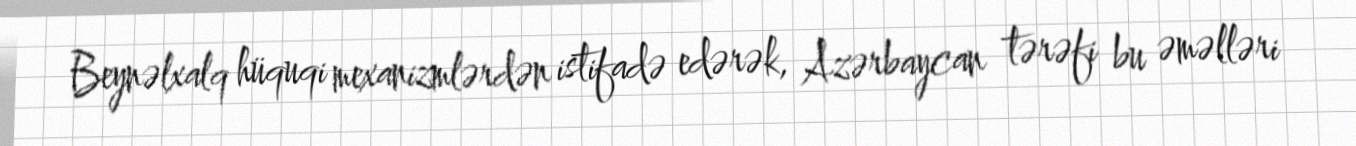
Beynəlxalq hüquqi mexanizmlərdən istifadə edərək, Azərbaycan tərəfi bu əməlləri